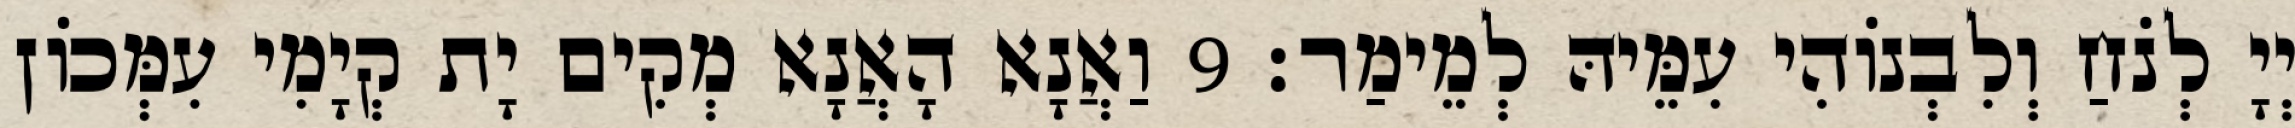
יְיָ לְנֹחַ וְלִבְנוֹהִי עִמֵּיהּ לְמֵימַר׃ 9 וַאֲנָא הָאֲנָא מְקִים יָת קְיָמִי עִמְּכוֹן